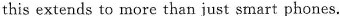
this extends to more than just smart phones.